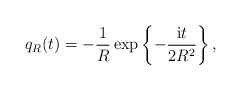
\begin{align*}q_{R}(t)=-\frac{1}{R}\exp\left\{ -\frac{{\rm i}t}{2R^{2}} \right\},\end{align*}